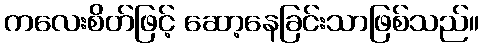
ကလေးစိတ်ဖြင့် ဆော့နေခြင်းသာဖြစ်သည်။